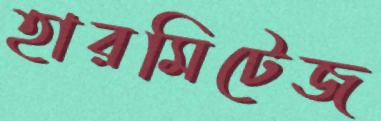
হারমিটেজ